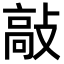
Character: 敲